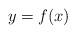
LaTeX: \begin{align*}y=f(x)\end{align*}